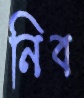
নিব